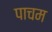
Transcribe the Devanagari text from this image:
पाचम